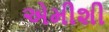
એમીશી